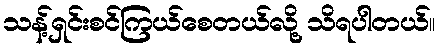
သန့်ရှင်းစင်ကြယ်စေတယ်လို့ သိရပါတယ်။